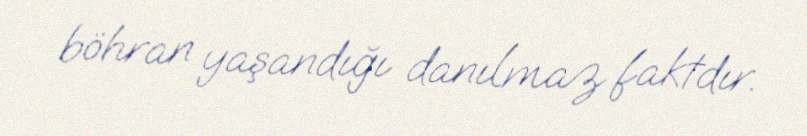
böhran yaşandığı danılmaz faktdır.